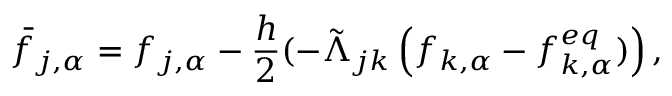
\bar { f } _ { j , \alpha } = f _ { j , \alpha } - \frac { h } { 2 } ( - \tilde { \Lambda } _ { j k } \left( f _ { k , \alpha } - f _ { k , \alpha } ^ { e q } ) \right) ,